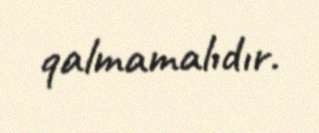
qalmamalıdır.